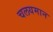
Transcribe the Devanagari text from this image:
चलयमान